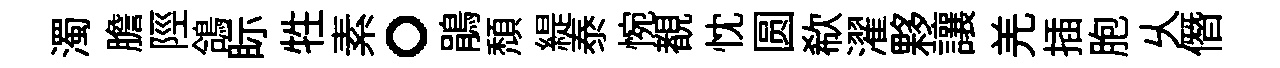
濁膽陘鴿眎牲素。鵑頹緹泰惋覩忱圆欷濯夥讓羌插胞乆僭